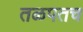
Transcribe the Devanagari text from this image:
तळपतच